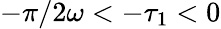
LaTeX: -\pi/2\omega<-\tau_{1}<0